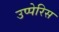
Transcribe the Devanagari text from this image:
उप्पेरिस